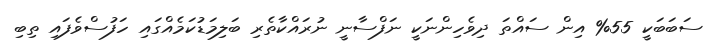
ސަބަބަކީ 55% އިން ސައްތަ ދިވެހިންނަކީ ނަފްސާނީ ނުރައްކާތެރި ބަލިމަޑުކަމެއްގައި ހަފުސްވެފައި ތިބި